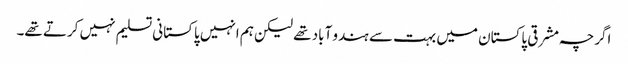
اگرچہ مشرقی پاکستان میں بہت سے ہندو آباد تھے لیکن ہم انہیں پاکستانی تسلیم نہیں کرتے تھے۔